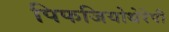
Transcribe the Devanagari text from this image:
पिफजियोथेरेपी